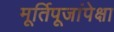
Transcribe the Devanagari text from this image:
मूर्तिपूजांपेक्षा